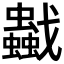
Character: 𧔼